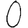
Digit: 0